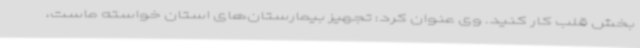
بخش قلب کار کنید. وی عنوان کرد: تجهیز بیمارستان‌های استان خواسته ماست،